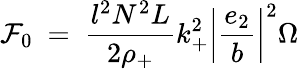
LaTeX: {\cal{F}}_{0}~=~\frac{l^{2}N^{2}L}{2\rho_{+}}k_{+}^{2}\left|\frac{e_{2}}{b}\right|^{2}\Omega